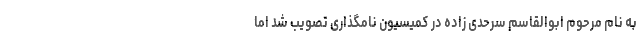
به نام مرحوم ابوالقاسم سرحدی زاده در کمیسیون نامگذاری تصویب شد اما